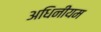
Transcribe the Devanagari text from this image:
अधिनीयम